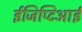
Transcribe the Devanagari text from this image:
ईजिप्टिआई